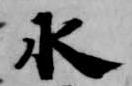
水